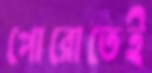
পোরোতেই